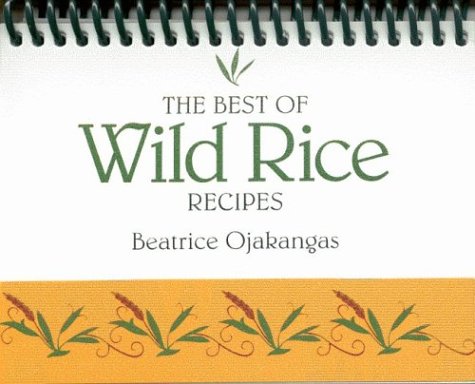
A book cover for Best of Wild Rice Recipes; Beatrice A. Ojakangas; Cookbooks, Food & Wine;